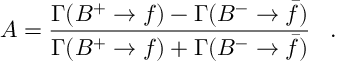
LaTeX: A = { \frac { \Gamma ( B ^ { + } \to f ) - \Gamma ( B ^ { - } \to \bar { f } ) } { \Gamma ( B ^ { + } \to f ) + \Gamma ( B ^ { - } \to \bar { f } ) } } \; \; \; .